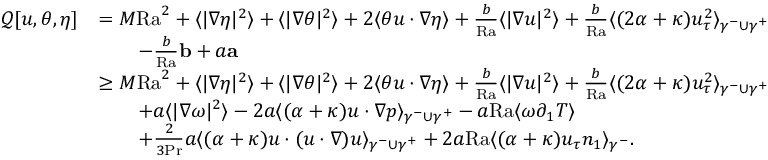
\begin{array} { r l } { \mathcal { Q } [ u , \theta , \eta ] } & { = M \mathrm { { R a } } ^ { 2 } + \langle | \nabla \eta | ^ { 2 } \rangle + \langle | \nabla \theta | ^ { 2 } \rangle + 2 \langle \theta u \cdot \nabla \eta \rangle + \frac { b } { { \mathrm { R a } } } \langle | \nabla u | ^ { 2 } \rangle + \frac { b } { \mathrm { { R a } } } \langle ( 2 \alpha + \kappa ) u _ { \tau } ^ { 2 } \rangle _ { \gamma ^ { - } \cup \gamma ^ { + } } } \\ & { \qquad - \frac { b } { { \mathrm { R a } } } \mathbf { b } + a \mathbf { a } } \\ & { \geq M \mathrm { { R a } } ^ { 2 } + \langle | \nabla \eta | ^ { 2 } \rangle + \langle | \nabla \theta | ^ { 2 } \rangle + 2 \langle \theta u \cdot \nabla \eta \rangle + \frac { b } { { \mathrm { R a } } } \langle | \nabla u | ^ { 2 } \rangle + \frac { b } { \mathrm { { R a } } } \langle ( 2 \alpha + \kappa ) u _ { \tau } ^ { 2 } \rangle _ { \gamma ^ { - } \cup \gamma ^ { + } } } \\ & { \qquad + a \langle | \nabla \omega | ^ { 2 } \rangle - 2 a \langle ( \alpha + \kappa ) u \cdot \nabla p \rangle _ { \gamma ^ { - } \cup \gamma ^ { + } } - a { \mathrm { R a } } \langle \omega \partial _ { 1 } T \rangle } \\ & { \qquad + \frac { 2 } { 3 \mathrm { P r } } a \langle ( \alpha + \kappa ) u \cdot ( u \cdot \nabla ) u \rangle _ { \gamma ^ { - } \cup \gamma ^ { + } } + 2 a \mathrm { { R a } } \langle ( \alpha + \kappa ) u _ { \tau } n _ { 1 } \rangle _ { \gamma ^ { - } } . } \end{array}